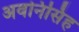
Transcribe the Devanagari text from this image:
अवनिसिंह